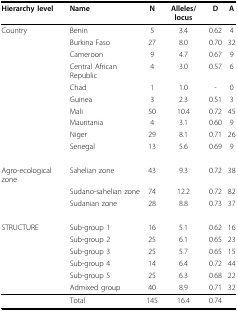
<table><thead><tr><td><b>Hierarchy level</b></td><td><b>Name</b></td><td><b>N</b></td><td><b>Alleles/locus</b></td><td><b>D</b></td><td><b>A</b></td></tr></thead><tbody><tr><td>Country</td><td>Benin</td><td>5</td><td>3.4</td><td>0.62</td><td>4</td></tr><tr><td>[EMPTY_CELL]</td><td>Burkina Faso</td><td>27</td><td>8.0</td><td>0.70</td><td>32</td></tr><tr><td>[EMPTY_CELL]</td><td>Cameroon</td><td>9</td><td>4.7</td><td>0.67</td><td>9</td></tr><tr><td>[EMPTY_CELL]</td><td>Central African Republic</td><td>4</td><td>3.0</td><td>0.57</td><td>6</td></tr><tr><td>[EMPTY_CELL]</td><td>Chad</td><td>1</td><td>1.0</td><td>-</td><td>0</td></tr><tr><td>[EMPTY_CELL]</td><td>Guinea</td><td>3</td><td>2.3</td><td>0.51</td><td>3</td></tr><tr><td>[EMPTY_CELL]</td><td>Mali</td><td>50</td><td>10.4</td><td>0.72</td><td>45</td></tr><tr><td>[EMPTY_CELL]</td><td>Mauritania</td><td>4</td><td>3.1</td><td>0.60</td><td>9</td></tr><tr><td>[EMPTY_CELL]</td><td>Niger</td><td>29</td><td>8.1</td><td>0.71</td><td>26</td></tr><tr><td>[EMPTY_CELL]</td><td>Senegal</td><td>13</td><td>5.6</td><td>0.69</td><td>9</td></tr><tr><td>Agro-ecological zone</td><td>Sahelian zone</td><td>43</td><td>9.3</td><td>0.72</td><td>38</td></tr><tr><td>[EMPTY_CELL]</td><td>Sudano-sahelian zone</td><td>74</td><td>12.2</td><td>0.72</td><td>82</td></tr><tr><td>[EMPTY_CELL]</td><td>Sudanian zone</td><td>28</td><td>8.8</td><td>0.73</td><td>37</td></tr><tr><td>STRUCTURE</td><td>Sub-group 1</td><td>16</td><td>5.1</td><td>0.62</td><td>16</td></tr><tr><td>[EMPTY_CELL]</td><td>Sub-group 2</td><td>25</td><td>6.1</td><td>0.65</td><td>23</td></tr><tr><td>[EMPTY_CELL]</td><td>Sub-group 3</td><td>25</td><td>5.7</td><td>0.65</td><td>15</td></tr><tr><td>[EMPTY_CELL]</td><td>Sub-group 4</td><td>14</td><td>6.4</td><td>0.72</td><td>44</td></tr><tr><td>[EMPTY_CELL]</td><td>Sub-group 5</td><td>25</td><td>6.3</td><td>0.68</td><td>22</td></tr><tr><td>[EMPTY_CELL]</td><td>Admixed group</td><td>40</td><td>8.9</td><td>0.71</td><td>32</td></tr><tr><td>[EMPTY_CELL]</td><td>Total</td><td>145</td><td>16.4</td><td>0.74</td><td>[EMPTY_CELL]</td></tr></tbody></table>